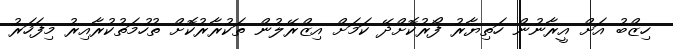
ހިޒްބު އަށް އީރާނުން ހަތިޔާރު ފޯރުކޮށްދޭ ކަމަށް އިޒްރޭލުން ތަކުރާރުކޮށް ތުހުމަތުކުރާއިރު މިފަހަރު